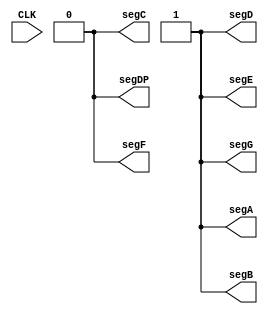
// look in pins.pcf for all the pin names on the TinyFPGA BX board
module top (
    input CLK,    // 16MHz clock
    // output LED,   // User/boot LED next to power LED
    // output USBPU  // USB pull-up resistor
    output segA,
    output segB, 
    output segC, 
    output segD, 
    output segE, 
    output segF, 
    output segG, 
    output segDP
);
    // drive USB pull-up resistor to '0' to disable USB
    // assign USBPU = 0;

    // light the leds to display '2'
    assign {segA, segB, segC, segD, segE, segF, segG, segDP} = 8'b11011010;

endmodule